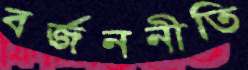
বর্জননীতি